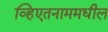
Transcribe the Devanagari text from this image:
व्हिएतनाममधील